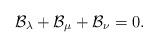
LaTeX: \begin{align*}\mathcal B_\lambda + \mathcal B_\mu + \mathcal B_\nu =0.\end{align*}